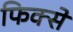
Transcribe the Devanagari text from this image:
फिक्से